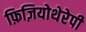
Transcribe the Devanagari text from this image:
फ़िज़ियोथेरेपी